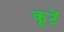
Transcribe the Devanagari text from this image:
कूटें